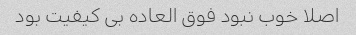
اصلا خوب نبود فوق العاده بی کیفیت بود